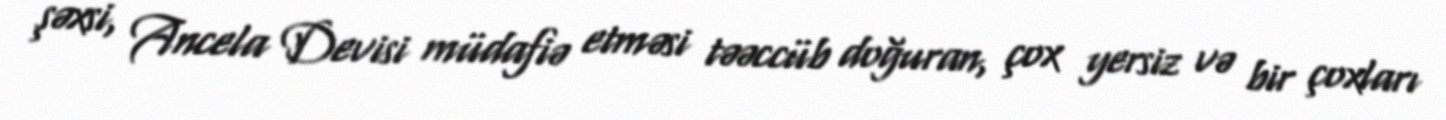
şəxsi, Ancela Devisi müdafiə etməsi təəccüb doğuran, çox yersiz və bir çoxları